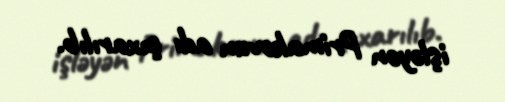
işləyən Primakovun adı çıxarılıb.